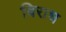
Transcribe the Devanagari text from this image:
बिराध